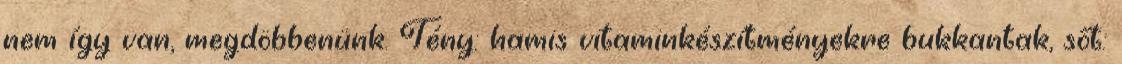
nem így van, megdöbbenünk. Tény: hamis vitaminkészítményekre bukkantak, sőt: